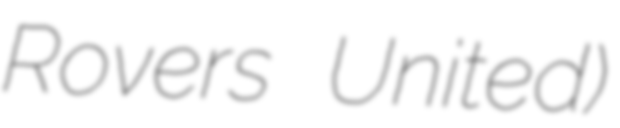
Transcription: Rovers United)